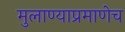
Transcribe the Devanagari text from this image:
मुलाण्याप्रमाणेच